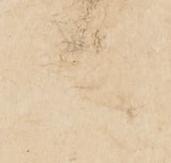
大